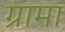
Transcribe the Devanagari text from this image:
ग्रामा